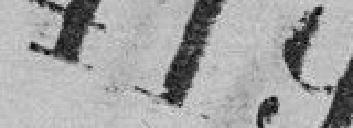
419